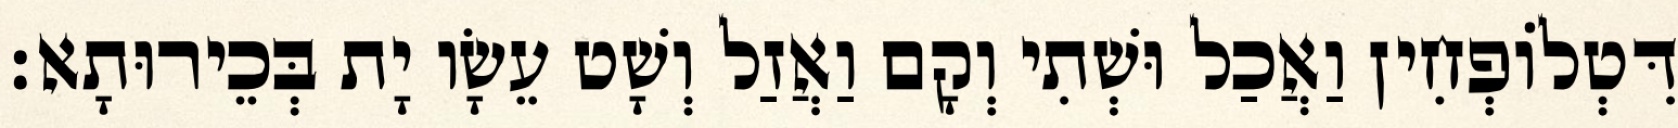
דִּטְלוֹפְחִין וַאֲכַל וּשְׁתִי וְקָם וַאֲזַל וְשָׁט עֵשָׂו יָת בְּכֵירוּתָא׃